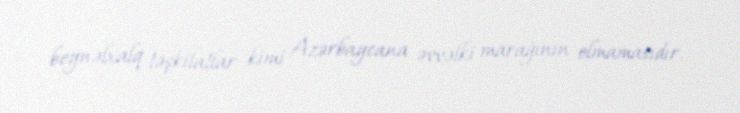
beynəlxalq təşkilatlar kimi Azərbaycana əvvəlki marağının olmamasıdır.